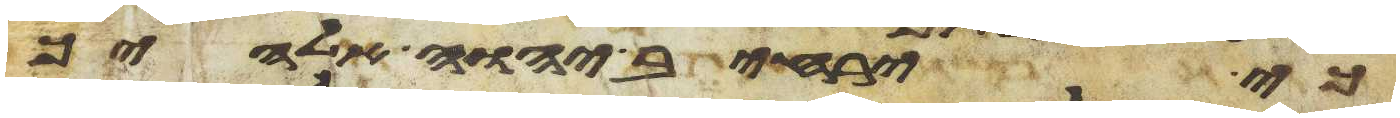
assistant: כי ירחיב יהוה אלהיך